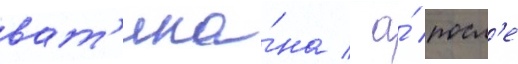
ват'ика́на / а́ посл'е